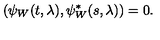
\left( \psi _ { W } ( t , \lambda ) , \psi _ { W } ^ { * } ( s , \lambda ) \right) = 0 .